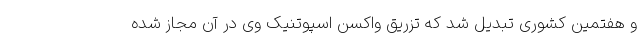
و هفتمین کشوری تبدیل شد که تزریق واکسن اسپوتنیک وی در آن مجاز شده